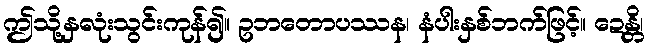
ဤသို့နှလုံးသွင်းကုန်၍။ ဥဘတောပဿန၊ နံပါးနှစ်ဘက်ဖြင့်။ ဍေန္တိ၊